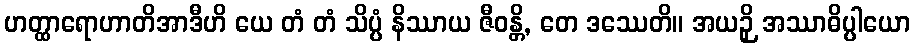
ဟတ္ထာရောဟာတိအာဒီဟိ ယေ တံ တံ သိပ္ပံ နိဿာယ ဇီဝန္တိ, တေ ဒဿေတိ။ အယဉှိ အဿာဓိပ္ပါယော